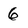
Character: 6